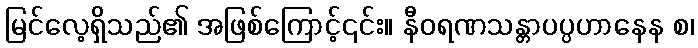
မြင်လေ့ရှိသည်၏ အဖြစ်ကြောင့်၎င်း။ နီဝရဏသန္တာပပ္ပဟာနေန စ၊